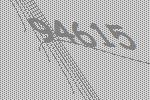
94615